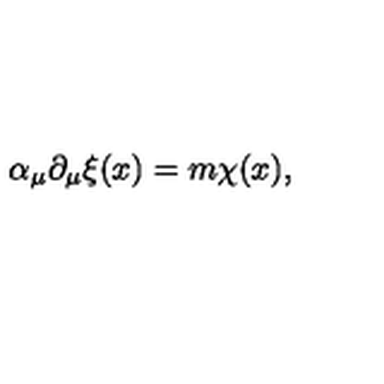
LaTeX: \alpha _ { \mu } \partial _ { \mu } \xi ( x ) = m \chi ( x ) ,